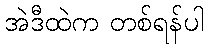
အဲဒီထဲက တစ်ရန်ပါ